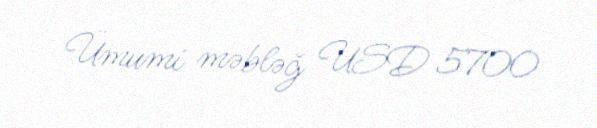
Ümumi məbləğ USD 5700